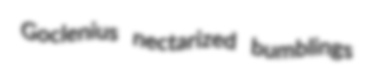
Goclenius nectarized bumblings